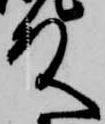
殿